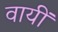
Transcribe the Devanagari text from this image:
वायीं